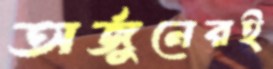
অর্জুনেরই